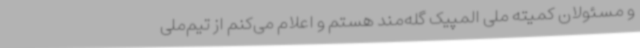
و مسئولان کمیته ملی المپیک گله‌مند هستم و اعلام می‌کنم از تیم‌ملی